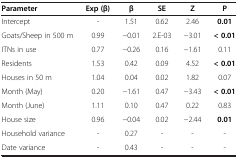
<table><thead><tr><td><b>Parameter</b></td><td><b>Exp (β)</b></td><td><b>β</b></td><td><b>SE</b></td><td><b>Z</b></td><td><b>P</b></td></tr></thead><tbody><tr><td>Intercept</td><td>-</td><td>1.51</td><td>0.62</td><td>2.46</td><td><b>0.01</b></td></tr><tr><td>Goats/Sheep in 500 m</td><td>0.99</td><td>−0.01</td><td>2.E-03</td><td>−3.01</td><td><b>&lt; 0.01</b></td></tr><tr><td>ITNs in use</td><td>0.77</td><td>−0.26</td><td>0.16</td><td>−1.61</td><td>0.11</td></tr><tr><td>Residents</td><td>1.53</td><td>0.42</td><td>0.09</td><td>4.52</td><td><b>&lt; 0.01</b></td></tr><tr><td>Houses in 50 m</td><td>1.04</td><td>0.04</td><td>0.02</td><td>1.82</td><td>0.07</td></tr><tr><td>Month (May)</td><td>0.20</td><td>−1.61</td><td>0.47</td><td>−3.43</td><td><b>&lt; 0.01</b></td></tr><tr><td>Month (June)</td><td>1.11</td><td>0.10</td><td>0.47</td><td>0.22</td><td>0.83</td></tr><tr><td>House size</td><td>0.96</td><td>−0.04</td><td>0.02</td><td>−2.44</td><td><b>0.01</b></td></tr><tr><td>Household variance</td><td>-</td><td>0.27</td><td>-</td><td>-</td><td>-</td></tr><tr><td>Date variance</td><td>-</td><td>0.43</td><td>-</td><td>-</td><td>-</td></tr></tbody></table>